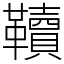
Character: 韇